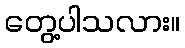
တွေ့ပါသလား။